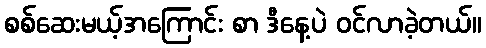
စစ်ဆေးမယ့်အကြောင်း စာ ဒီနေ့ပဲ ဝင်လာခဲ့တယ်။